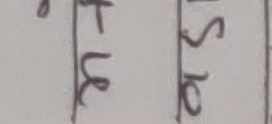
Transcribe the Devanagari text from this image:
भए स